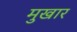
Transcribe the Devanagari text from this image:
मुखार